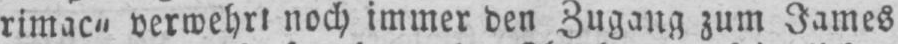
rimac“ verwehrt noch immer den Zugang zum James